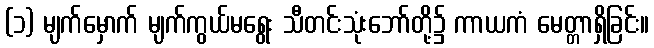
(၁) မျက်မှောက် မျက်ကွယ်မရွေး သီတင်းသုံးဘော်တို့၌ ကာယကံ မေတ္တာရှိခြင်း။